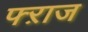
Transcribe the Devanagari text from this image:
फ्ऱाज